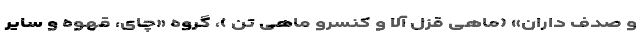
و صدف داران» (ماهی قزل آلا و کنسرو ماهی تن )، گروه «چای، قهوه و سایر